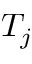
T _ { j }